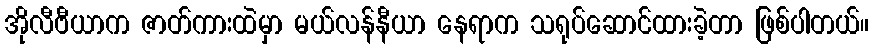
အိုလီဗီယာက ဇာတ်ကားထဲမှာ မယ်လန်နီယာ နေရာက သရုပ်ဆောင်ထားခဲ့တာ ဖြစ်ပါတယ်။